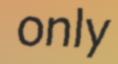
only